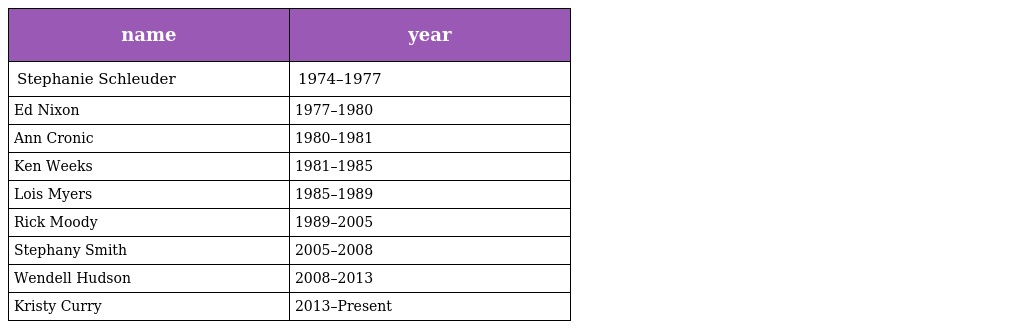
| name | year |
 | --- | --- |
 | Stephanie Schleuder | 1974–1977 |
 | Ed Nixon | 1977–1980 |
 | Ann Cronic | 1980–1981 |
 | Ken Weeks | 1981–1985 |
 | Lois Myers | 1985–1989 |
 | Rick Moody | 1989–2005 |
 | Stephany Smith | 2005–2008 |
 | Wendell Hudson | 2008–2013 |
 | Kristy Curry | 2013–Present |